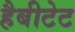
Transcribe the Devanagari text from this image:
हैबीटेट